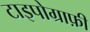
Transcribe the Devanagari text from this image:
टाइपोग्राफ़ी